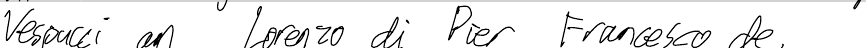
Vespucci an Lorenzo di Pier Francesco de